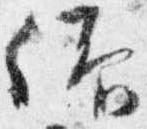
仰